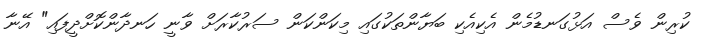
ކުރިން ވެސް އަޅުގަނޑުމެން އެކިއެކި ބަޔާންތަކުގައި މިކަންކަން ސަރުކާރަށް ވާނީ ހަނދާންކޮށްދީފައި" އޭނާ